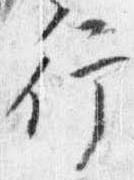
行